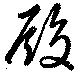
殿